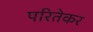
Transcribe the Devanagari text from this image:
परितेकर